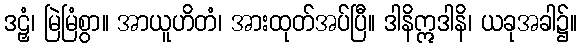
ဒဠှံ၊ မြဲမြံစွာ။ အာယူဟိတံ၊ အားထုတ်အပ်ပြီ။ ဒါနိဣဒါနိ၊ ယခုအခါ၌။